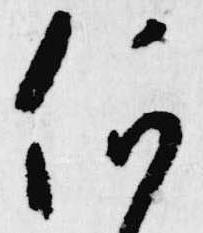
何